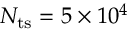
N _ { { \mathrm { t s } } } = 5 \times 1 0 ^ { 4 }